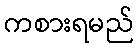
ကစားရမည်